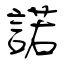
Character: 諾